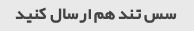
سس تند هم ارسال کنید